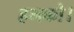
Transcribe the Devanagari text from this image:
हमको।